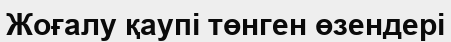
Жоғалу қаупі төнген өзендері